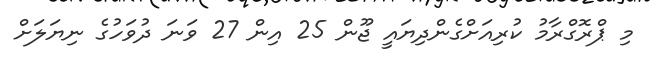
މި ޕްރޮގްރާމު ކުރިއަށްގެންދިޔައީ ޖޫން 25 އިން 27 ވަނަ ދުވަހުގެ ނިޔަލަށް